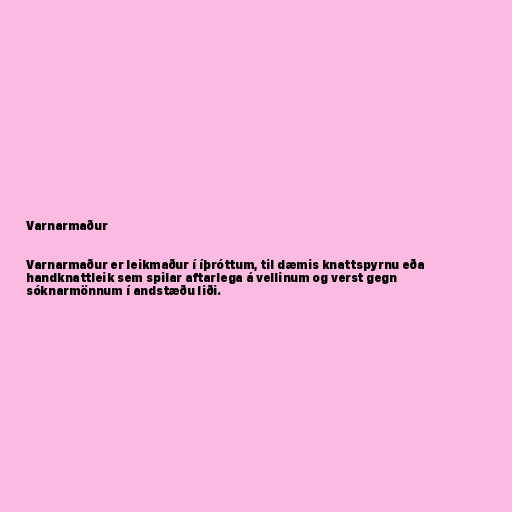
Varnarmaður

Varnarmaður er leikmaður í íþróttum, til dæmis knattspyrnu eða
handknattleik sem spilar aftarlega á vellinum og verst gegn
sóknarmönnum í andstæðu liði.